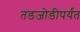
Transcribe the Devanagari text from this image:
तडजोडीपर्यंत